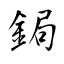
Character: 鋦